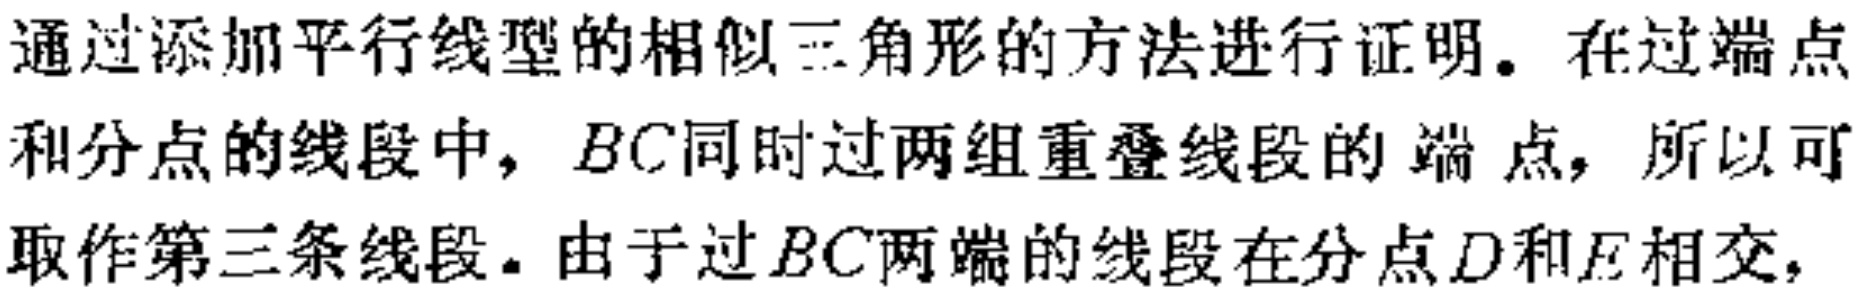
通过添加平行线型的相似三角形的方法进行证明。在过端点
和分点的线段中，\(BC\)同时过两组重叠线段的端点，所以可
取作第三条线段。由于过\(BC\)两端的线段在分点\(D\)和\(E\)相交，